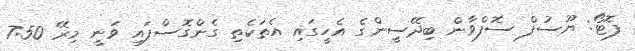
ފޮޓޯ: ޔޫސުފް ސޮފްވާން ބިދޭސީންގެ އެހީގައި އެތަކެތި ގެންގޮސްފައި ވަނީ މިރޭ 7:50